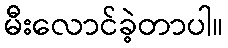
မီးလောင်ခဲ့တာပါ။